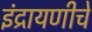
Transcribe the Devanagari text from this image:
इंद्रायणीचे